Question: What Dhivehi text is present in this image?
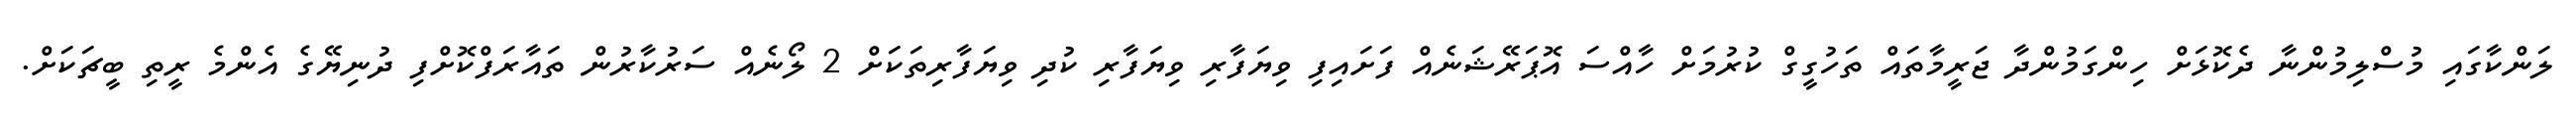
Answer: ލަންކާގައި މުސްލިމުންނާ ދެކޮޅަށް ހިންގަމުންދާ ޖަރީމާތައް ތަހުގީގް ކުރުމަށް ހާއްސަ އޮޕަރޭޝަނެއް ފަށައިފި ވިޔަފާރި ވިޔަފާރި ކުދި ވިޔަފާރިތަކަށް 2 ލޯނެއް ސަރުކާރުން ތައާރަފްކޮށްފި ދުނިޔޭގެ އެންމެ ރީތި ބީޗަކަށް.